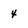
Character: 4